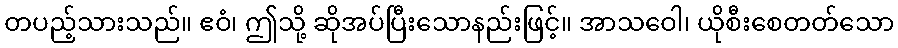
တပည့်သားသည်။ ဧဝံ၊ ဤသို့ ဆိုအပ်ပြီးသောနည်းဖြင့်။ အာသဝေါ၊ ယိုစီးစေတတ်သော